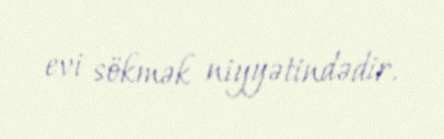
evi sökmək niyyətindədir.